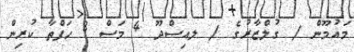
މައުމޫން / ގުލްޒާރުގެ / ލއިސްދޫ 4 މަސް 3 ހަފްތާ ކުރިން